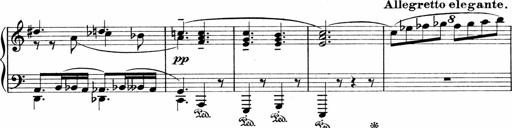
Title: Sonatina No.1
Composer: Otto Stoll
Key: C major